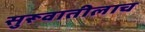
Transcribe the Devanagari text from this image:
सुरूवातीलाच